Problem: 82 + 36 = ?
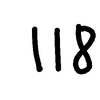
Handwritten answer: 118